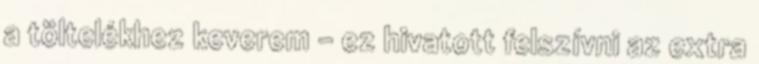
a töltelékhez keverem - ez hivatott felszívni az extra